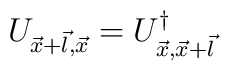
U_{\vec{x}+\vec{l},\vec{x}}=U^{\dagger}_{\vec{x},\vec{x}+\vec{l}}